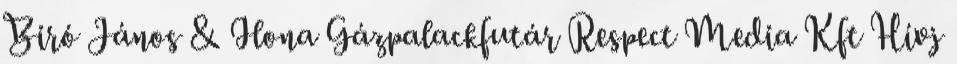
Biró János & Ilona Gázpalackfutár Respect Media Kft Hívj